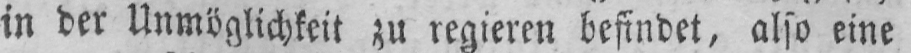
in der Unmöglichkeit zu regieren befindet, also eine